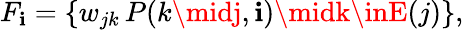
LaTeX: F_{\mathbf{i}}=\left\{ w_{jk}\, P(k\midj,\mathbf{i})\midk\inE(j)\right\} ,